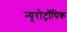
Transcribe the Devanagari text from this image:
न्यूरोट्रॉपिक